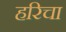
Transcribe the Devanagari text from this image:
हरिचा